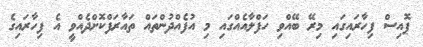
ޕޮއިސް ފިހާރައިގައި މިރޭ ބޭއްވި ހަފްލާއެއްގައި މި އުފެއްދުންތައް ތައާރަފްކޮށްދެއްވީ އެ ފިހާރައިގެ